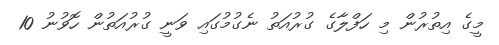
މީގެ އިތުރުން މި ހަފްލާގެ ގުރުއަތު ނެގުމުގައި ވަނީ ގުރުއަތުން ހޮވުނު 10